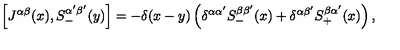
\left[ J ^ { \alpha \beta } ( x ) , S _ { - } ^ { \alpha ^ { \prime } \beta ^ { \prime } } ( y ) \right] = - \delta ( x - y ) \left( \delta ^ { \alpha \alpha ^ { \prime } } S _ { - } ^ { \beta \beta ^ { \prime } } ( x ) + \delta ^ { \alpha \beta ^ { \prime } } S _ { + } ^ { \beta \alpha ^ { \prime } } ( x ) \right) ,